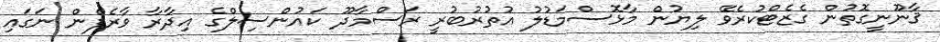
ޤާނޫނީގޮތުން ގެޒެޓްކުރެވޭ ލިޔުން މާޅޮސްމަޑުލު އުތުރުބުރީ ރަސްމާދޫ ކައުންސިލްގެ އިދާރާ ވާރެފެން ނަގައި